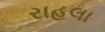
રાહલા